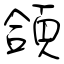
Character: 頜